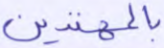
بالمهتدين